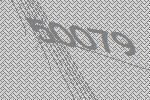
50079